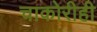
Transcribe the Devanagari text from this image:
चाकोरीही